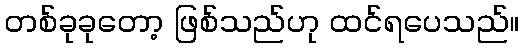
တစ်ခုခုတော့ ဖြစ်သည်ဟု ထင်ရပေသည်။